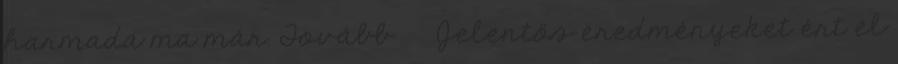
harmada ma már. Tovább › ›Jelentős eredményeket ért el